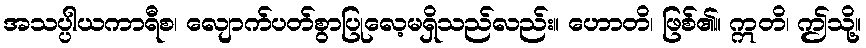
အသပ္ပါယကာရီစ၊ လျောက်ပတ်စွာပြုလေ့မရှိသည်လည်း။ ဟောတိ၊ ဖြစ်၏။ ဣတိ၊ ဤသို့။